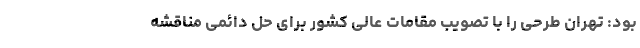
بود: تهران طرحی را با تصویب مقامات عالی کشور برای حل دائمی مناقشه